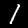
Digit: 1